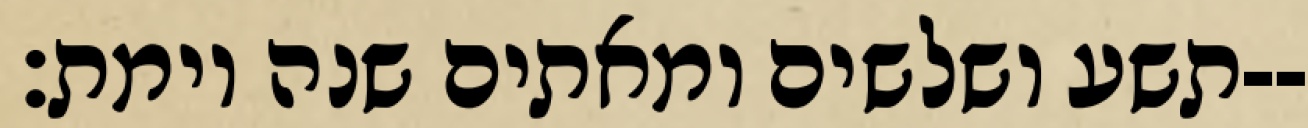
תשע ושלשים ומאתים שנה וימת׃--